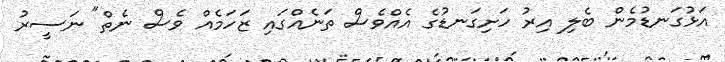
އަޅުގަނޑުމެން ބެލި އިރު ހަށިގަނޑުގެ އެއްވެސް ތަނެއްގައި ޒަހަމެއް ވެސް ނެތް" ނަސީރު